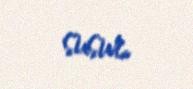
susur.